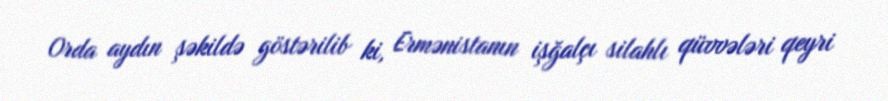
Orda aydın şəkildə göstərilib ki, Ermənistanın işğalçı silahlı qüvvələri qeyri